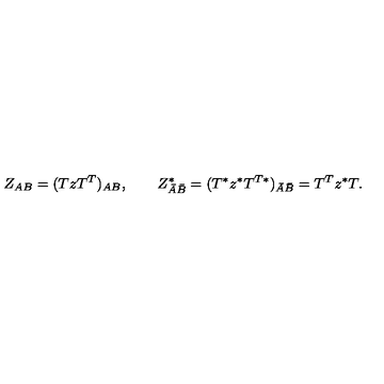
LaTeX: Z _ { A B } = ( T z T ^ { T } ) _ { A B } , \quad \quad Z _ { \bar { A } \bar { B } } ^ { * } = ( T ^ { * } z ^ { * } T ^ { T * } ) _ { \bar { A } \bar { B } } = T ^ { T } z ^ { * } T .